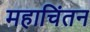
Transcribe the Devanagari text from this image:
महाचिंतन